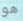
هو